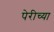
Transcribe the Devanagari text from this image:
पेरीच्या